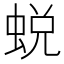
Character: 蜕